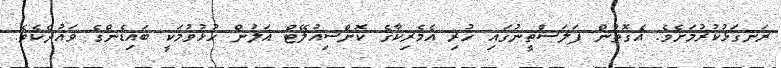
ރަނގަޅުކުރުމަށެވެ. އެގޮތުން ފަލަސްތީނުގައި ހުރި އެމެރިކާގެ ކޮންސިއުލޭޓް އަލުން ހުޅުވުމަކީ ބައިޑެންގެ ވައުދެކެވެ.